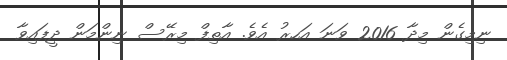
ނިމިގެން މިދާ 2016 ވަނަ އަހރު އެވެ. އާތިފް މިރޭސް ނިންމަން ދީފައިވާ